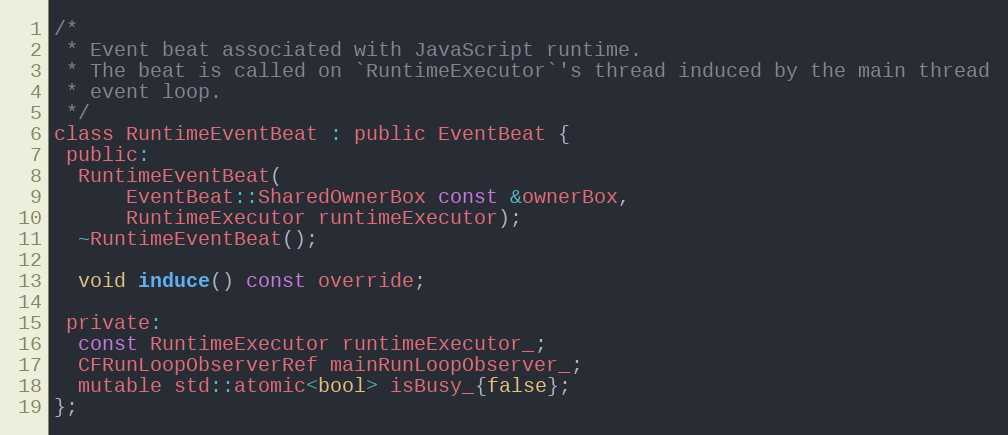
Language: C
/*
 * Event beat associated with JavaScript runtime.
 * The beat is called on `RuntimeExecutor`'s thread induced by the main thread
 * event loop.
 */
class RuntimeEventBeat : public EventBeat {
 public:
  RuntimeEventBeat(
      EventBeat::SharedOwnerBox const &ownerBox,
      RuntimeExecutor runtimeExecutor);
  ~RuntimeEventBeat();

  void induce() const override;

 private:
  const RuntimeExecutor runtimeExecutor_;
  CFRunLoopObserverRef mainRunLoopObserver_;
  mutable std::atomic<bool> isBusy_{false};
};